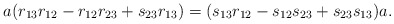
\begin{align*}a(r_{13}r_{12} - r_{12}r_{23} +s_{23}r_{13}) = (s_{13}r_{12} - s_{12}s_{23} +s_{23}s_{13})a.\end{align*}